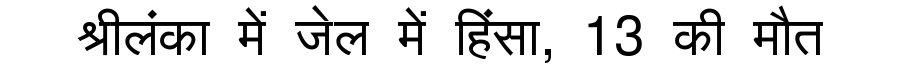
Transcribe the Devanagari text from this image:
श्रीलंका में जेल में हिंसा, 13 की मौत